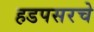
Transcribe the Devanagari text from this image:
हडपसरचे